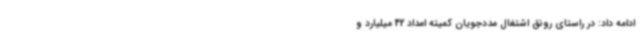
ادامه داد: در راستای رونق اشتغال مددجویان کمیته امداد 42 میلیارد و